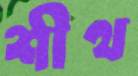
শীথ